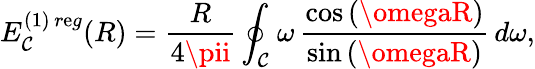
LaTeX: E_{\mathcal{C}}^{(1)\, r\mathrm{e}g}(R)=\frac{{R}}{{4\pii}}\oint_{\mathcal{C}}^{}\omega\, \frac{{\cos{(\omegaR)}}}{{\sin{(\omegaR)}}}\, d\omega,